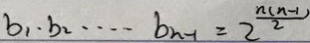
b _ { 1 } \cdot b _ { 2 } \cdots b _ { n - 1 } = 2 ^ { \frac { n ( n - 1 ) } { 2 } }